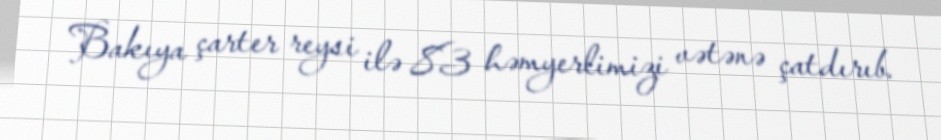
Bakıya çarter reysi ilə 83 həmyerlimizi vətənə çatdırıb.